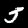
Digit: 5